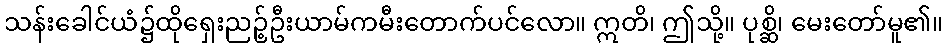
သန်းခေါင်ယံ၌ထိုရှေးညဉ့်ဦးယာမ်ကမီးတောက်ပင်လော။ ဣတိ၊ ဤသို့။ ပုစ္ဆိ၊ မေးတော်မူ၏။